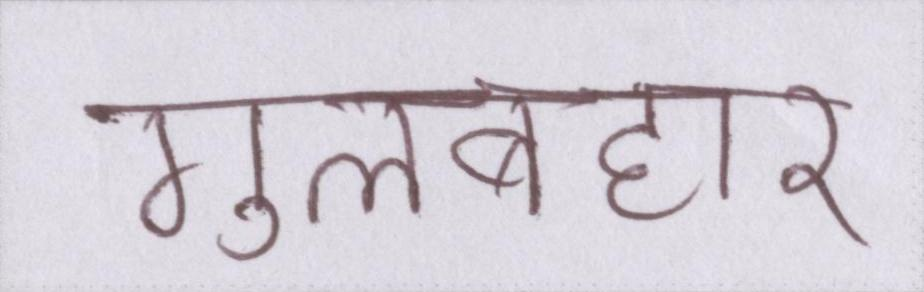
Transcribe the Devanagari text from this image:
गुलबहार